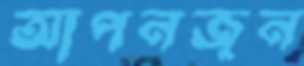
আপনজন